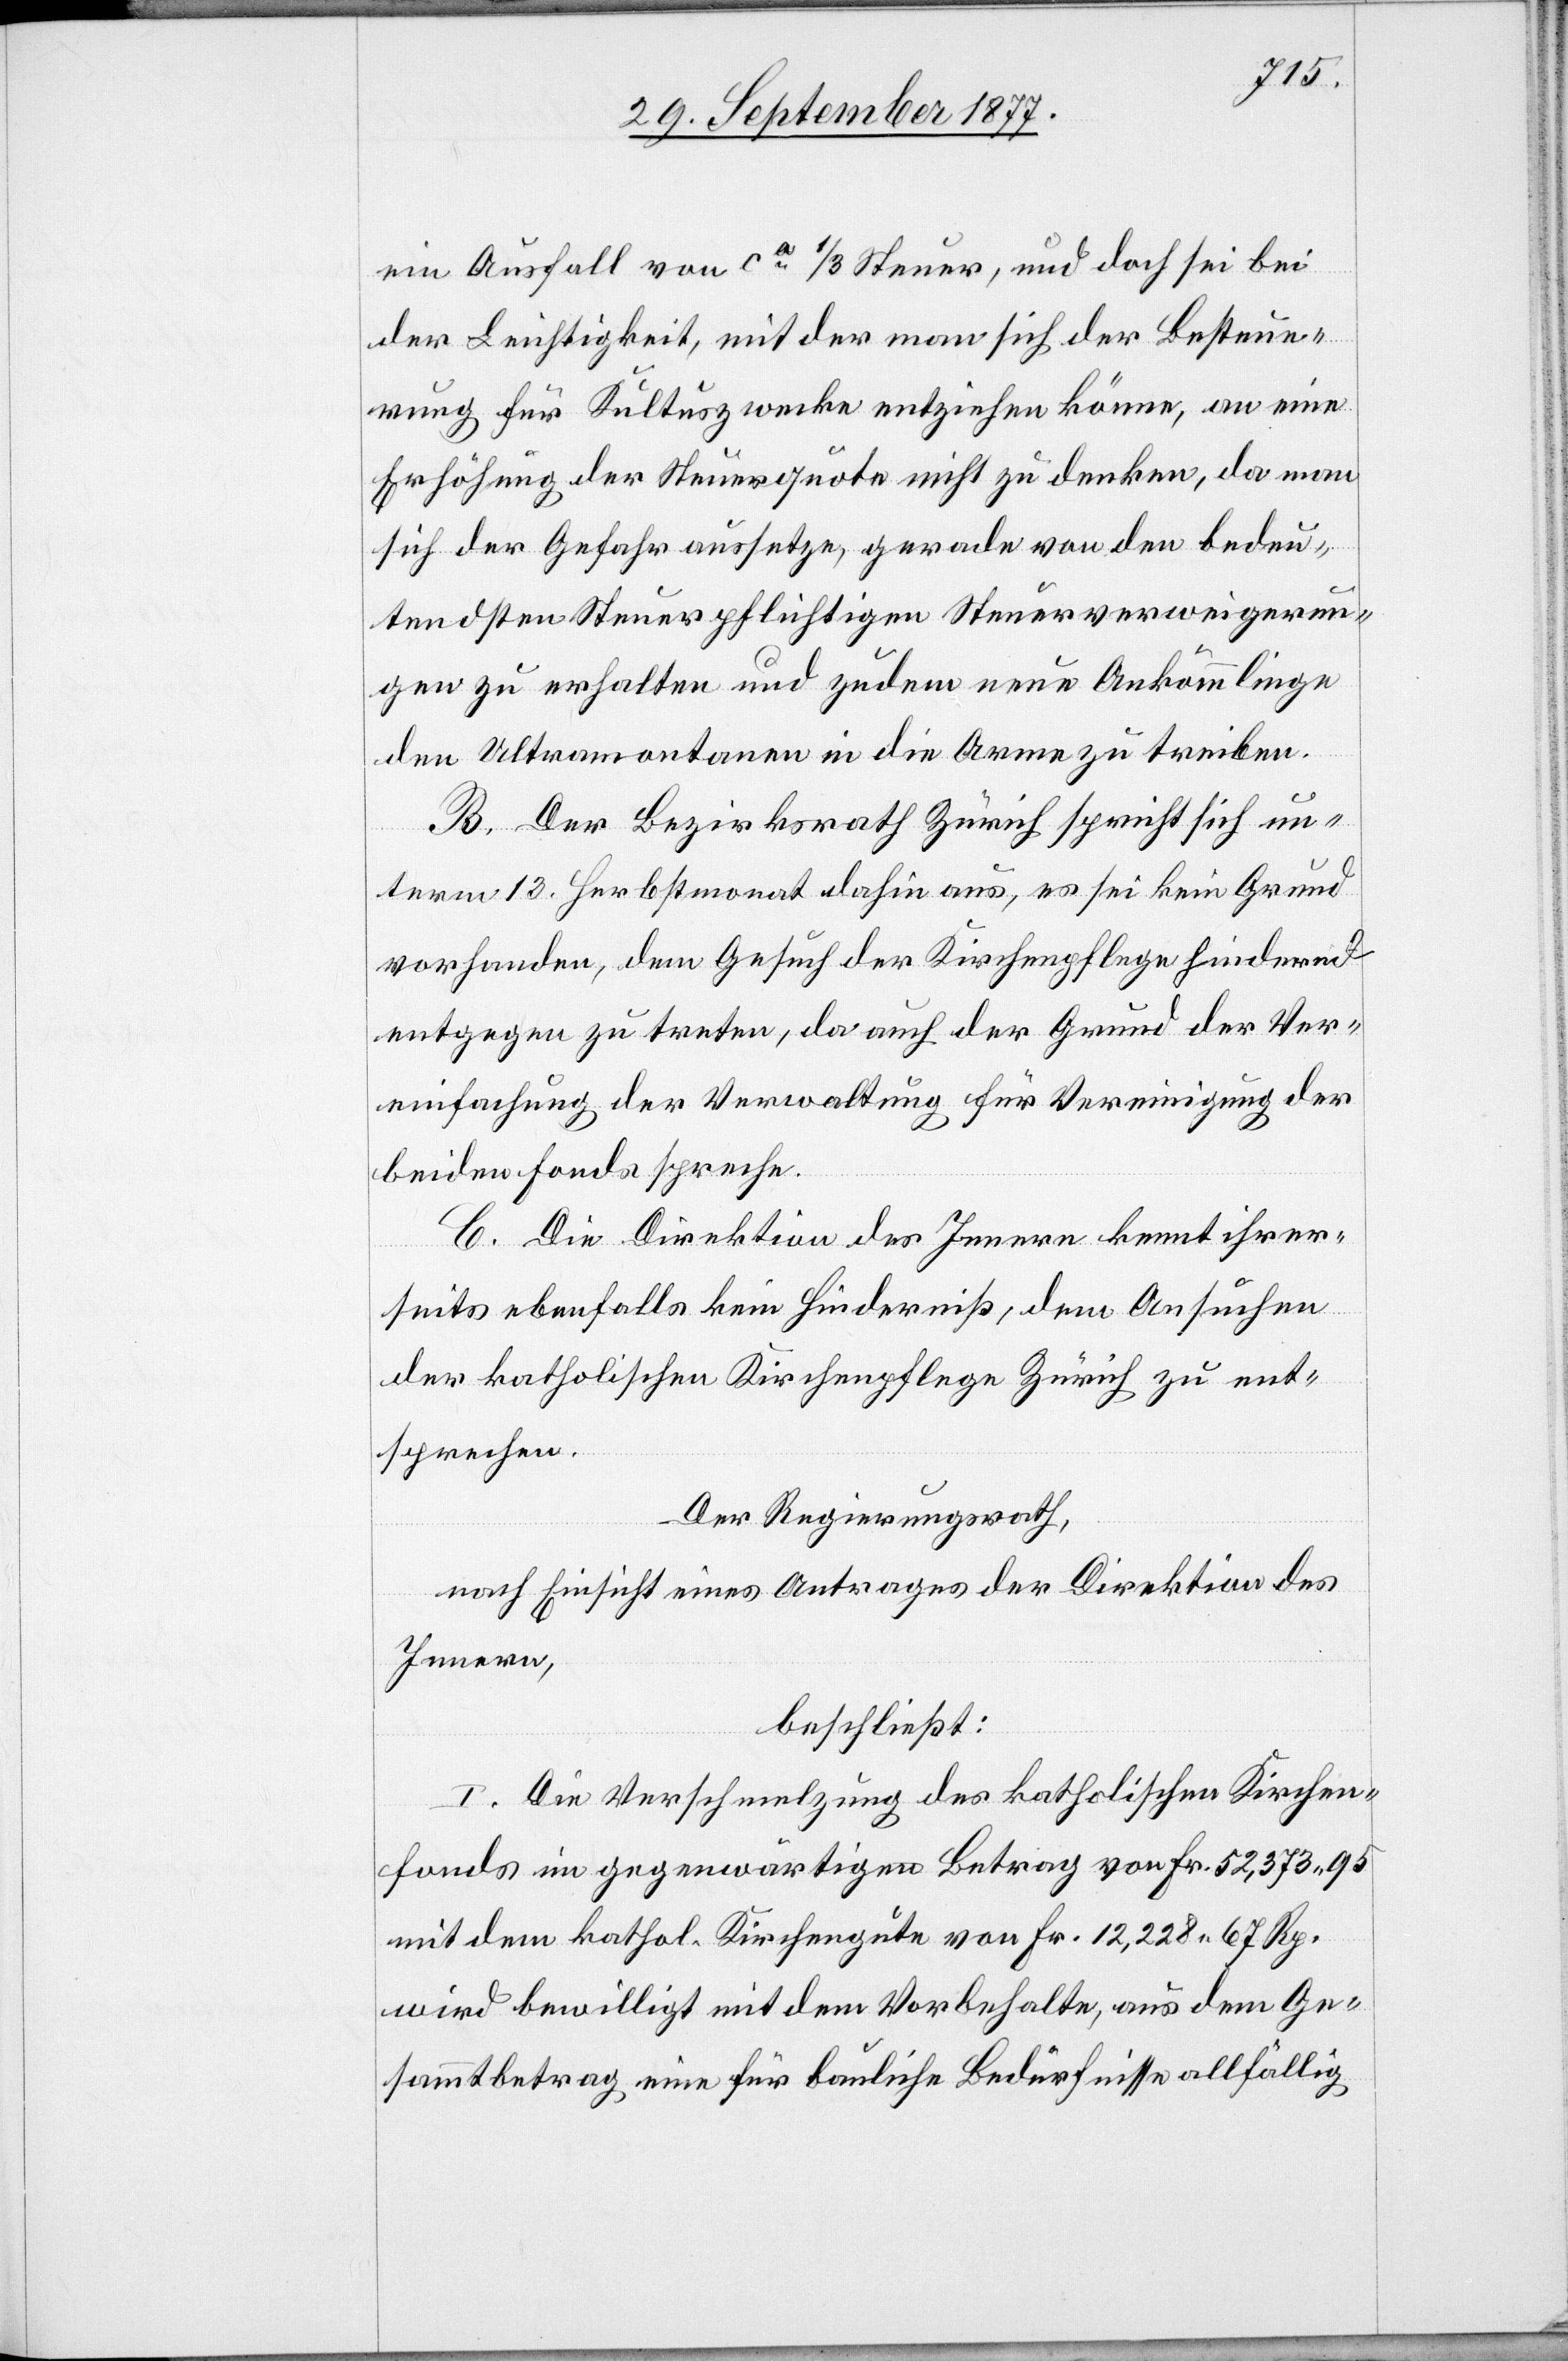
ein Ausfall von ca 1/3 Steuer, und doch sei bei
der Leichtigkeit, mit der man sich der Besteue¬
rung für Kultuszwecke entziehen könne, an eine
Erhöhung der Steuerquote nicht zu denken, da man
sich der Gefahr aussetze, gerade von den bedeu¬
tendsten Steuerpflichtigen Steuerverweigerun¬
gen zu erhalten und zudem neue Ankömmlinge
den Ultramontanen in die Arme zu treiben.
B. Der Bezirksrath Zürich spricht sich un¬
term 13. Herbstmonat dahin aus, es sei kein Grund
vorhanden, dem Gesuch der Kirchenpflege hindernd
entgegen zu treten, da auch der Grund der Ver¬
einfachung der Verwaltung für Vereinigung der
beiden Fonds spreche.
C. Die Direktion des Innern kennt ihrer¬
seits ebenfalls kein Hinderniß, dem Ansuchen
der katholischen Kirchenpflege Zürich zu ent¬
sprechen.
Der Regierungsrath,
nach Einsicht eines Antrages der Direktion des
Innern,
beschließt:
I. Die Verschmelzung des katholischen Kirchen¬
fonds im gegenwärtigen Betrag von Fr. 52,373.95
mit dem kathol. Kirchengute von Fr. 12,228 67 Rp.
wird bewilligt mit dem Vorbehalte, aus dem Ge¬
sammtbetrag eine für bauliche Bedürfnisse allfällig